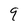
Character: 9